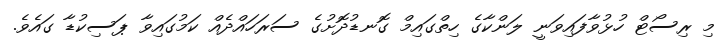
މި ރިސޯޓް ހުޅުވާފައިވަނީ ލަންކާގެ ހިތްގައިމް ގޮނޑުދޮށުގެ ސަރަހައްދެއް ކަމުގައިވާ ޕަސިކުޑާ ގައެވެ.